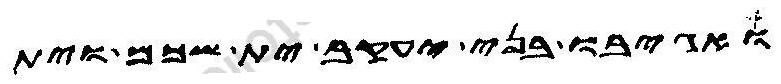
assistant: ואגיבו בני יעקב ית שכם וית